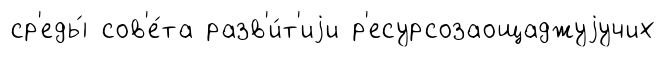
ср'еды́ сов'е́та разв'и́т'иjи р'есурсозаощаджуjучих